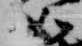
如